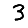
Digit: 3